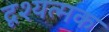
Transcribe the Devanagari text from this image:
दृश्यत्मक